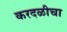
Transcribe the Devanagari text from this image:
करदळीचा